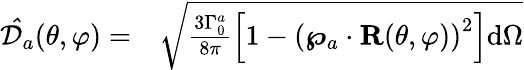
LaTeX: \begin{array}{rl}{\mathcal{\hat{\mathcal{D}}}_{a}(\theta,\varphi)=}&{{}\sqrt{\frac{3\Gamma_{0}^{a}}{8\pi}\left[1-\left(\boldsymbol{\wp}_{a}\cdot\mathbf{R}(\theta,\varphi)\right)^{2}\right]\mathrm{d}\Omega}}\end{array}